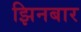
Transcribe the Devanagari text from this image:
झिनबार